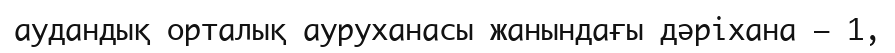
аудандық орталық ауруханасы жанындағы дәріхана — 1,